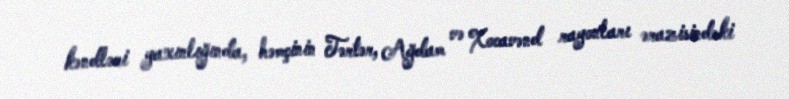
kəndləri yaxınlığında, həmçinin Tərtər, Ağdam və Xocavənd rayonları ərazisindəki